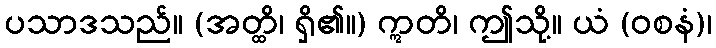
ပသာဒသည်။ (အတ္ထိ၊ ရှိ၏။) ဣတိ၊ ဤသို့။ ယံ (ဝစနံ)၊